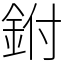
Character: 鉜